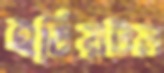
ইডিয়টস